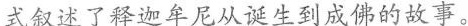
式叙述了释迦牟尼从诞生到成佛的故事。